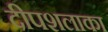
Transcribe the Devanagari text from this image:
दीपशलाका